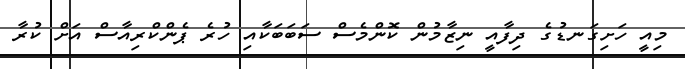
މިއީ ހަށިގަނޑުގެ ދިފާއީ ނިޒާމުން ކޮންމެސް ސަބަބަކާއި ހުރެ ޕެންކްރިއާސް އަށް ކުރާ